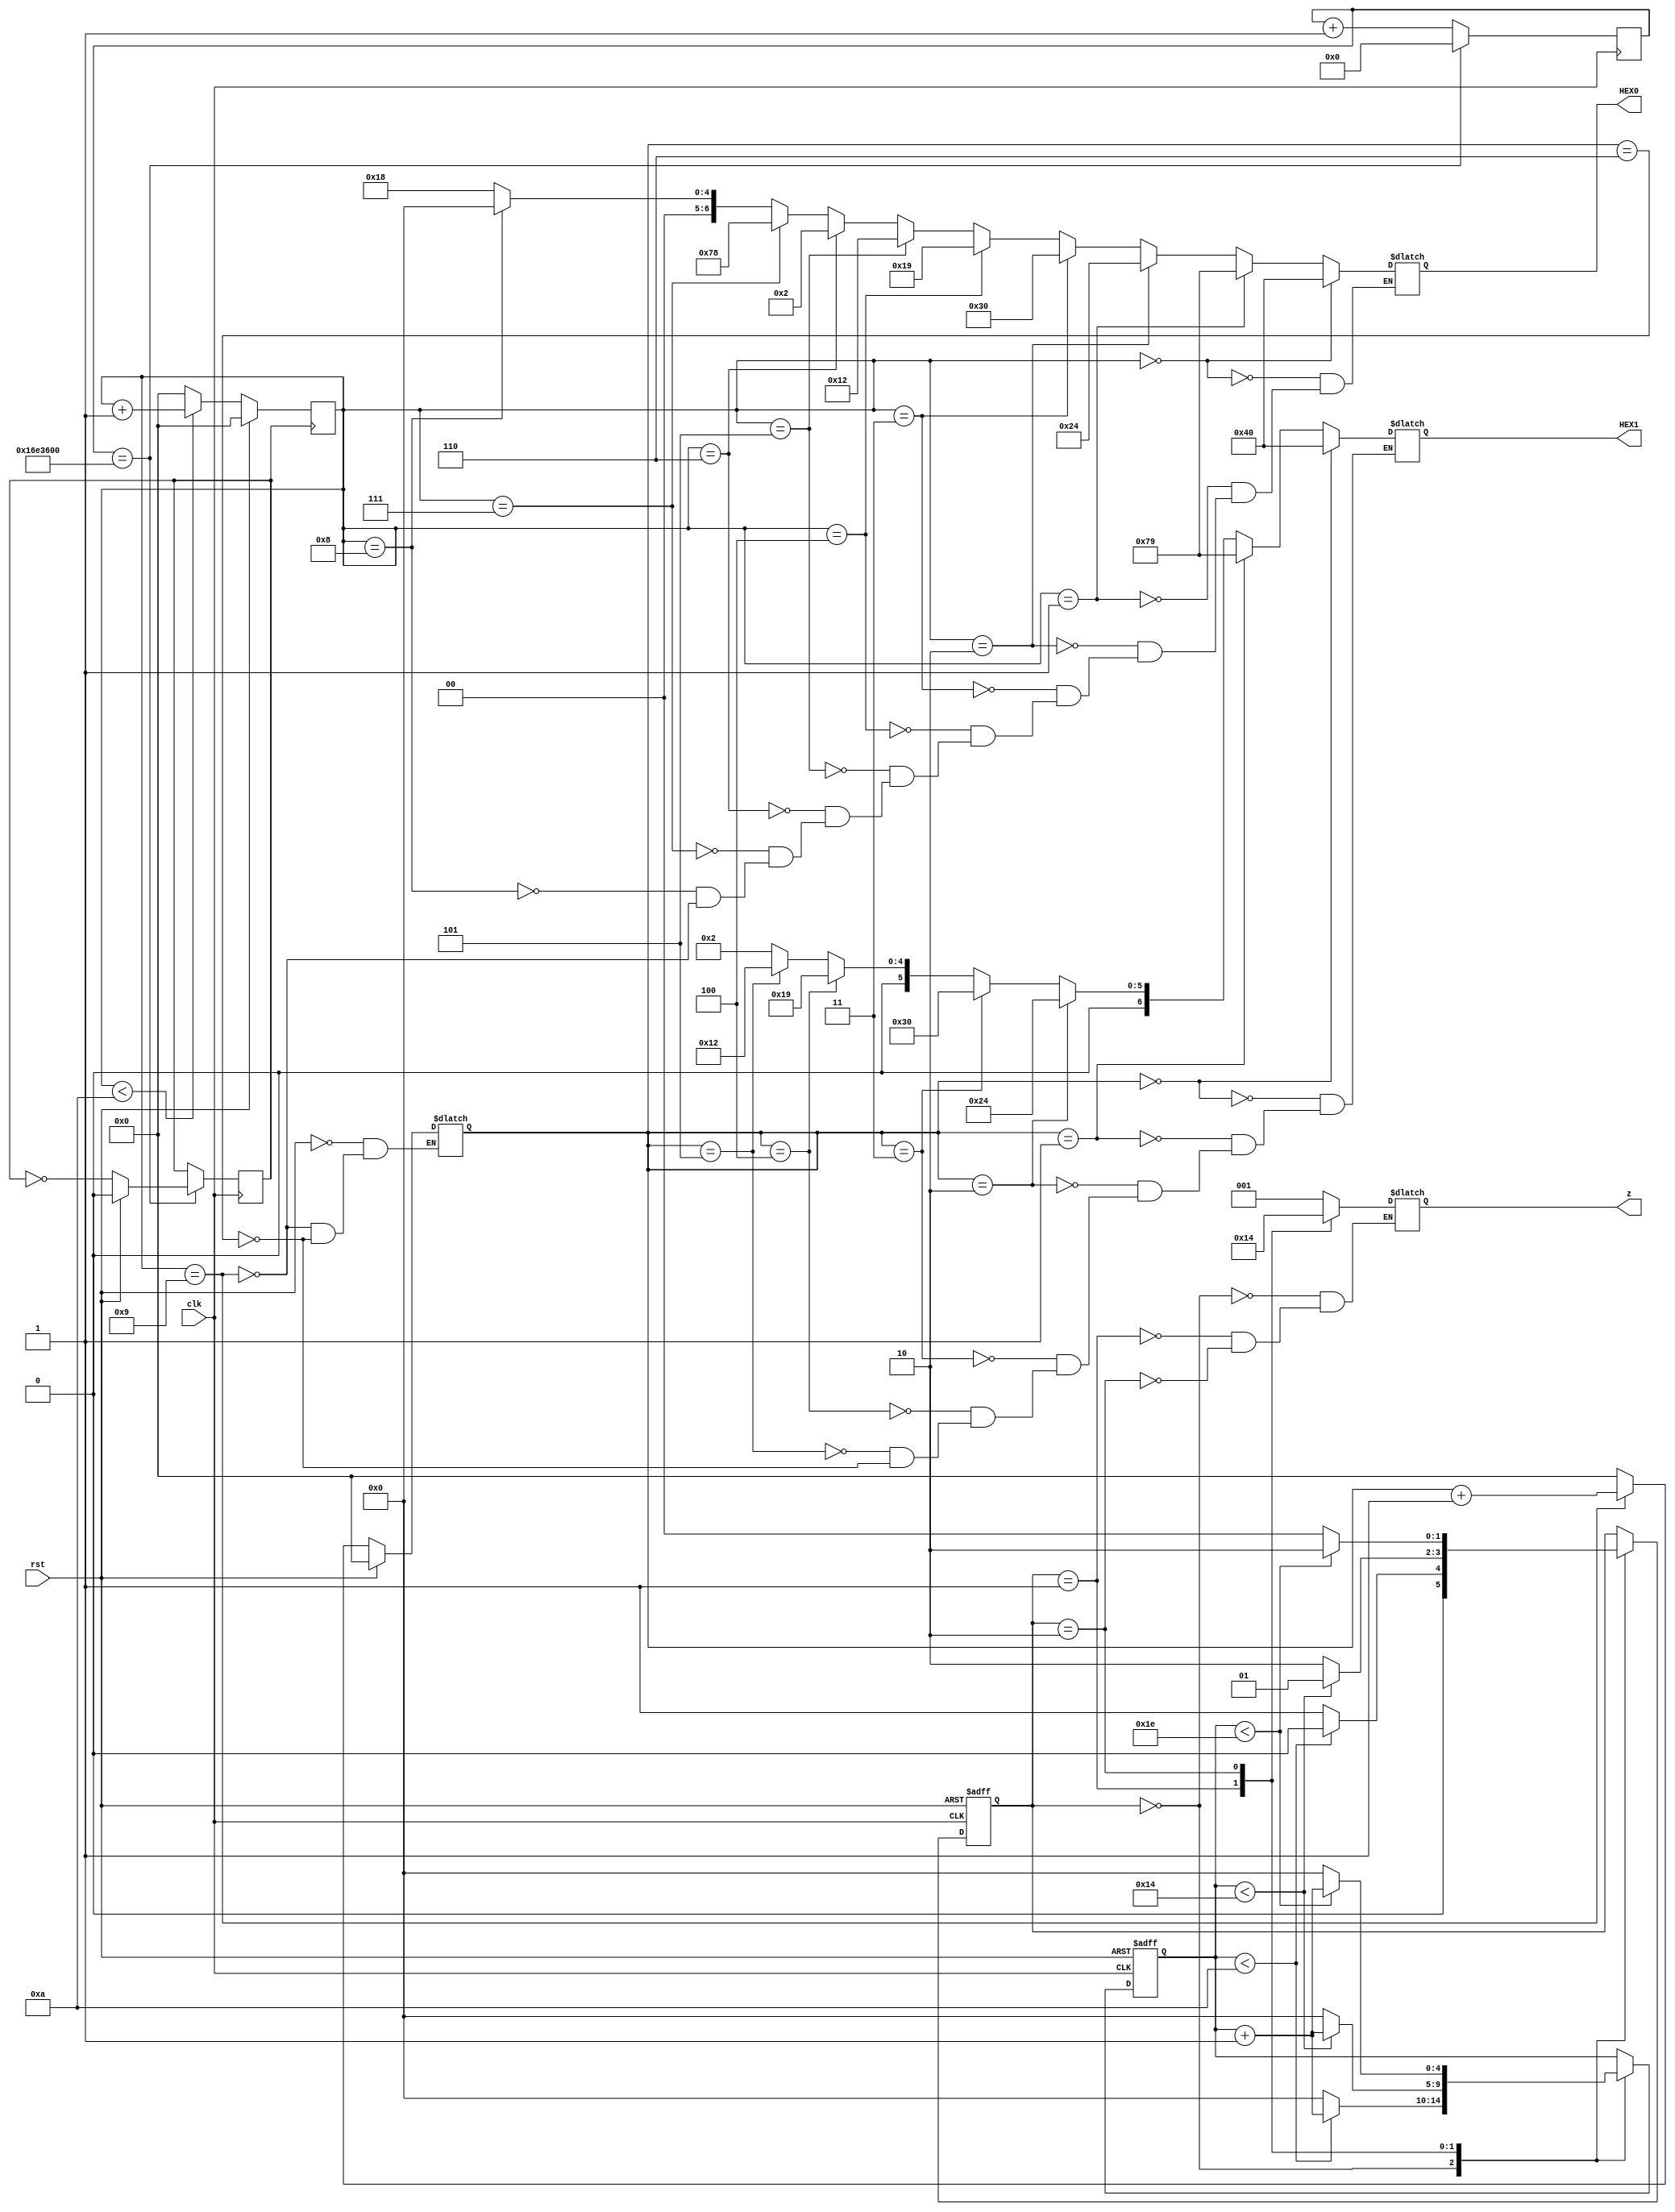
module traffic(clk,rst,HEX0,HEX1,z);
input clk,rst;
output reg [6:0] HEX0,HEX1;
output reg [2:0] z;
reg [3:0] count0,count1;
reg clk1;
reg [24:0] clkdiv;
reg [4:0] count;
parameter S0=2'b00;
parameter S1=2'b01;
parameter S2=2'b10;
parameter delay1=5'b01010;
parameter delay2=5'b10100;
parameter delay3=5'b11110; // delays
reg [1:0] state;
parameter x0=7'b1000000;
parameter x1=7'b1111001;
parameter x2=7'b0100100;
parameter x3=7'b0110000;
parameter x4=7'b0011001;
parameter x5=7'b0010010;
parameter x6=7'b0000010;
parameter x7=7'b1111000;
parameter x8=7'b0;
parameter x9=7'b0011000;

always @(posedge clk)
begin
if (clkdiv==25'b1011_0111_0001_1011_0000_0000_0)
begin
if(rst)
clk1<=1'b0;
else 
clk1=~clk1;
clkdiv<=25'b0;
end
else
clkdiv<=clkdiv+1'b1;
end

always @(posedge clk1)
begin
if(rst)
count0<=4'b0;
else if(count0<4'b1010)
count0<=count0+1'b1;
else
count0<=4'b0;
end

always@(count0)
begin
if(rst)
count1<=4'b0;
else if(count0==4'b1001)
count1<=count1+1'b1;
else if(count1==4'b0110)
count1<=4'b0;
end
always @(count0)
begin
if(count0==4'b0)
HEX0<=x0;
else if(count0==4'b0001)
HEX0<=x1;
else if(count0==4'b0010)
HEX0<=x2;
else if(count0==4'b0011)
HEX0<=x3;
else if(count0==4'b0100)
HEX0<=x4;
else if(count0==4'b0101)
HEX0<=x5;
else if(count0==4'b0110)
HEX0<=x6;
else if(count0==4'b0111)
HEX0<=x7;
else if(count0==4'b1000)
HEX0<=x8;
else if(count0==4'b1001)
HEX0<=x9;
end
always @(count1)
begin
if(count1==4'b0)
HEX1<=x0;
else if(count1==4'b0001)
HEX1<=x1;
else if(count1==4'b0010)
HEX1<=x2;
else if(count1==4'b0011)
HEX1<=x3;
else if(count1==4'b0100)
HEX1<=x4;
else if(count1==4'b0101)
HEX1<=x5;
else if(count1==4'b0110)
HEX1<=x6;
end
always @(posedge clk,posedge rst)
begin
if (rst)
begin
state<=S0;
count<=5'b0;
end
else
case(state)
S0:if(count < delay1)
begin
state<=S0;
count<=count+1'b1;
end
else
begin
state<=S1;
count<=5'b0;
end
S1:if(count<delay2)
begin
state<=S1;
count<=count+1'b1;
end
else
begin
state<= S2;
count<=5'b0;
end
S2:if(count<delay3)
begin
state<=S2;
count<=count+1'b1;
end
else
begin
state<=S0;
count<=5'b0;
end
endcase
end

always @(*)
begin
case(state)
S0:z=3'b001;
S1:z=3'b010;
S2:z=3'b100;
endcase
end
endmodule